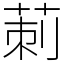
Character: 莿